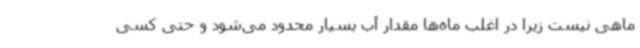
ماهی نیست زیرا در اغلب ماه‌ها مقدار آب بسیار محدود می‌شود و حتی کسی